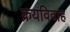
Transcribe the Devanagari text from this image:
क्रयविवाह